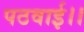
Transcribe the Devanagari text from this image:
पठवाई।।